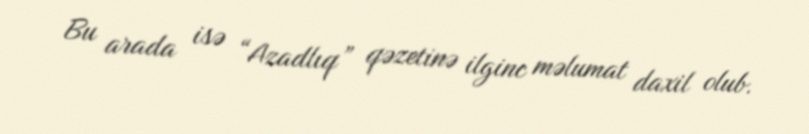
Bu arada isə “Azadlıq” qəzetinə ilginc məlumat daxil olub.